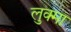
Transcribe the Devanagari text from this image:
लुक्मा